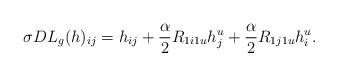
LaTeX: \begin{align*}\sigma DL_g(h)_{ij} = h_{ij} + \frac{\alpha}{2} R_{1i1u} h_j^u+ \frac{\alpha}{2} R_{1j1u} h_i^u .\end{align*}